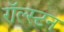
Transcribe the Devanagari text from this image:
रॉल्स्टन